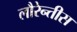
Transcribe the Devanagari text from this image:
लौरेन्तीस